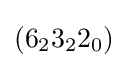
(6_{2}3_{2}2_{0})